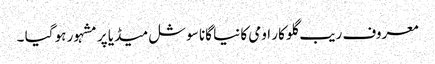
معروف ریب گلو کار اومی کا نیا گانا سوشل میڈیا پر مشہور ہو گیا ۔